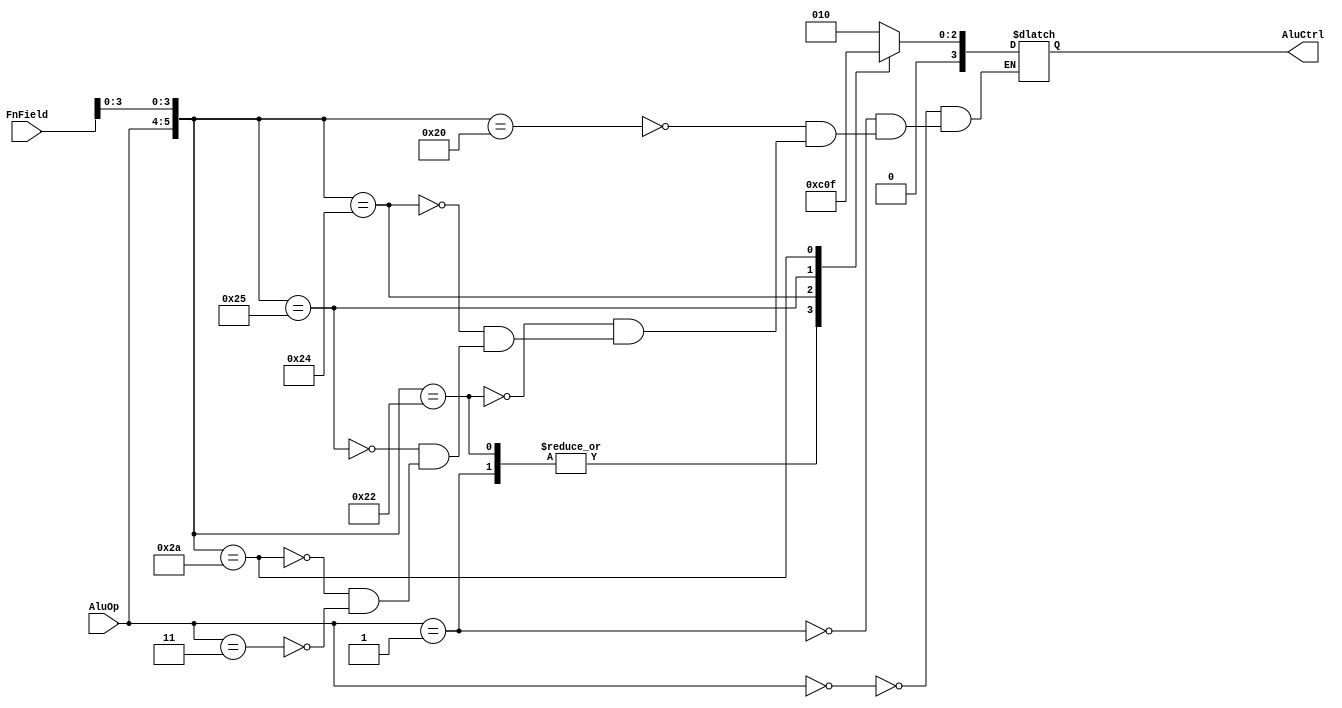
module alucontrol(AluOp,FnField,AluCtrl);

input [1:0] AluOp;
input [5:0] FnField; //for R-type instructions

output reg [3:0] AluCtrl;


always@(AluOp or FnField)begin
	casex({AluOp,FnField})
		8'b00_xxxxxx:AluCtrl=4'b0010; //lw / sw
		8'b01_xxxxxx:AluCtrl=4'b0110; //beq / bne
		8'b10_xx0000:AluCtrl=4'b0010; //add
		8'b10_xx0010:AluCtrl=4'b0110; //sub
		8'b10_xx0100:AluCtrl=4'b0000; //and
		8'b10_xx0101:AluCtrl=4'b0001; //or
		8'b10_xx1010:AluCtrl=4'b0111; //slt
		8'b11_xxxxxx:AluCtrl=4'b0010; //addi
	endcase
end

endmodule